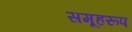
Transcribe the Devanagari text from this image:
समूहरूप